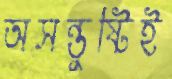
অসন্তুষ্টিই